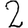
Digit: 2